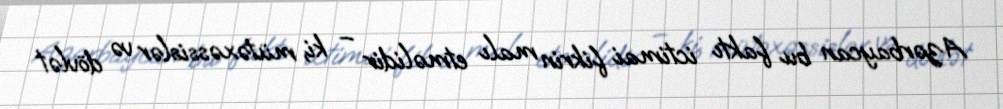
Azərbaycan bu faktı ictimai fikrin malı etməlidir – ki, mütəxəssislər və dövlət